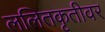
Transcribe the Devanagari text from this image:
ललितकृतीवर